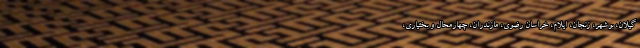
گیلان، بوشهر، زنجان، ایلام، خراسان رضوی، مازندران، چهارمحال و بختیاری،